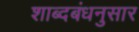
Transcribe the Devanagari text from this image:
शाब्दबंधनुसार